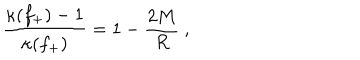
\frac { \kappa ( f _ { + } ) - 1 } { \kappa ( f _ { + } ) } = 1 - \frac { 2 M } { R } \ ,